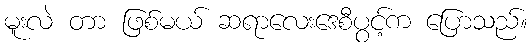
မူးလဲ တာ ဖြစ်မယ် ဆရာလေးဒေစီပွင့်က ပြောသည်။